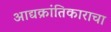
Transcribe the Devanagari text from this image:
आद्यक्रांतिकाराचा